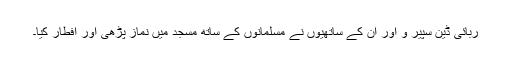
ربائی ڈین سپیر و اور ان کے ساتھیوں نے مسلمانوں کے ساتھ مسجد میں نماز پڑھی اور افطار کیا۔